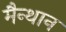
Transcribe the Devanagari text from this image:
मैन्थान